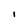
Character: I